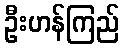
ဦးဟန်ကြည်